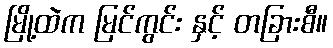
မြို့ထဲက မြင်ကွင်း နှင့် တခြားစီ။